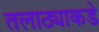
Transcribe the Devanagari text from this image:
तलाठ्याकडे